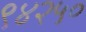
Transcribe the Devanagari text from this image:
९४२५०